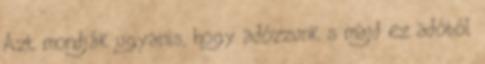
Azt mondják ugyanis, hogy adózzunk s majd ez adóból